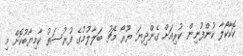
ކޮކާކޯލާ ކުންފުނިން ކުރިއަށް ގެންދިޔަ ޔޫރޯ މެޗު ބަލާލުމުގެ ފުރުސަތު ކާމިޔާބުކޮށް މި